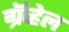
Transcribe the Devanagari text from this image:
ग्रॅव्हेल